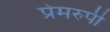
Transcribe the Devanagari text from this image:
प्रेमरुपी